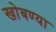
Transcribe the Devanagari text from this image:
खोबण्या